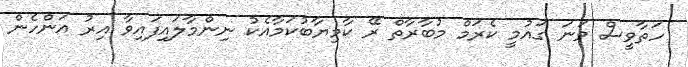
ހަތާވީސް ވަނަ ގައުމީ ކެރަމް މުބާރާތް ރޭ ކާމިޔާބުކަމާއެކު ނިންމާލައިފައިވާ އިރު އަންހެން